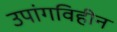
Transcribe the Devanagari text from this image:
उपांगविहीन